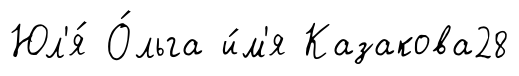
Юл'я́ О́льга и́м'я Казакова28